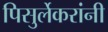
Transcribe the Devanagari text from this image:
पिसुर्लेकरांनी